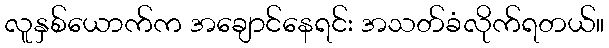
လူနှစ်ယောက်က အချောင်နေရင်း အသတ်ခံလိုက်ရတယ်။